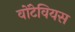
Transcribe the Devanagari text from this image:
वोंटेवियस